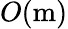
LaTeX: O(\textrm{m})